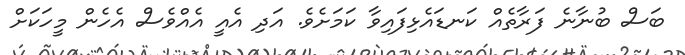
ބަސް ބުނާނެ ފަރާތެއް ކަނޑައެޅިފައިވާ ކަމަށެވެ. އަދި އެއީ އެއްވެސް އެހެން މީހަކަށް